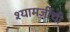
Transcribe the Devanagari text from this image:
श्यामजींची